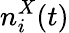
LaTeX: n_{i}^{X}(t)